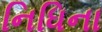
નિધિના